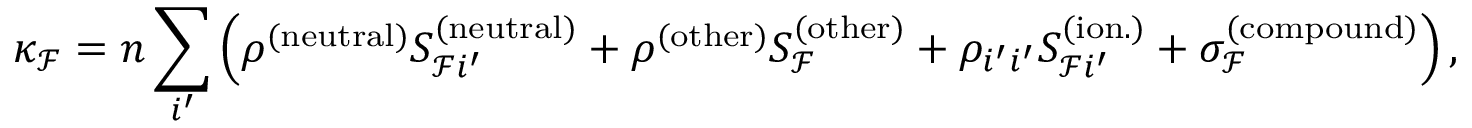
\kappa _ { \mathcal { F } } = n \sum _ { i ^ { \prime } } \left( \rho ^ { ( \mathrm { n e u t r a l } ) } S _ { \mathcal { F } i ^ { \prime } } ^ { ( \mathrm { n e u t r a l } ) } + \rho ^ { \mathrm { ( o t h e r ) } } S _ { \mathcal { F } } ^ { \mathrm { ( o t h e r ) } } + \rho _ { i ^ { \prime } i ^ { \prime } } S _ { \mathcal { F } i ^ { \prime } } ^ { ( \mathrm { i o n . } ) } + \sigma _ { \mathcal { F } } ^ { ( \mathrm { c o m p o u n d } ) } \right) ,